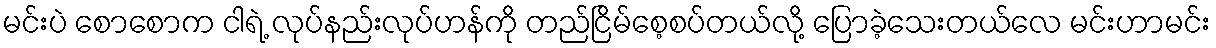
မင်းပဲ စောစောက ငါရဲ့ လုပ်နည်းလုပ်ဟန်ကို တည်ငြိမ်စေ့စပ်တယ်လို့ ပြောခဲ့သေးတယ်လေ မင်းဟာမင်း